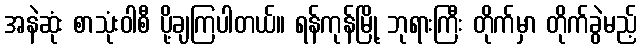
အနဲဆုံး စာသုံးဝါစီ ပို့ချကြပါတယ်။ ရန်ကုန်မြို့ ဘုရားကြီး တိုက်မှာ တိုက်ခွဲမည့်